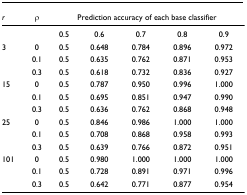
| r | ρ | <COLSPAN=5> Prediction accuracy of each base classifier |
 | --- | --- | --- | --- | --- | --- | --- |
 |  |  | 0.5 | 0.6 | 0.7 | 0.8 | 0.9 |
 | 3 | 0 | 0.5 | 0.648 | 0.784 | 0.896 | 0.972 |
 |  | 0.1 | 0.5 | 0.635 | 0.762 | 0.871 | 0.953 |
 |  | 0.3 | 0.5 | 0.618 | 0.732 | 0.836 | 0.927 |
 | 15 | 0 | 0.5 | 0.787 | 0.950 | 0.996 | 1.000 |
 |  | 0.1 | 0.5 | 0.695 | 0.851 | 0.947 | 0.990 |
 |  | 0.3 | 0.5 | 0.636 | 0.762 | 0.868 | 0.948 |
 | 25 | 0 | 0.5 | 0.846 | 0.986 | 1.000 | 1.000 |
 |  | 0.1 | 0.5 | 0.708 | 0.868 | 0.958 | 0.993 |
 |  | 0.3 | 0.5 | 0.639 | 0.766 | 0.872 | 0.951 |
 | 101 | 0 | 0.5 | 0.980 | 1.000 | 1.000 | 1.000 |
 |  | 0.1 | 0.5 | 0.728 | 0.891 | 0.971 | 0.996 |
 |  | 0.3 | 0.5 | 0.642 | 0.771 | 0.877 | 0.954 |